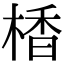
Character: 楿